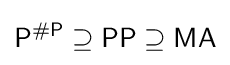
{\mathsf {P^{\#P}}}\supseteq {\mathsf {PP}}\supseteq {\mathsf {MA}}